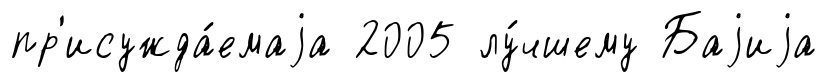
пр'исужда́емаjа 2005 лу́чшему Баjиjа